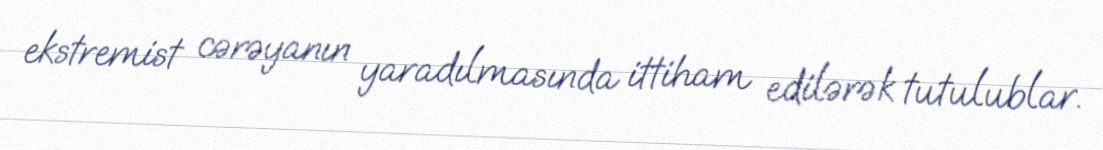
ekstremist cərəyanın yaradılmasında ittiham edilərək tutulublar.